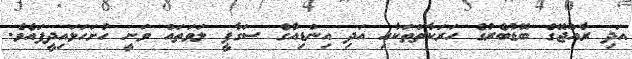
އަދި ރާއްޖޭގެ ބޮޑުބެރުގެ ހަރަކާތްތަކާއި އަދި އިންޑިއާގެ ސަގާފީ ލަވަތައް ވަނީ ހުށަހަޅައިދީފައެވެ.